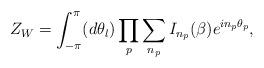
LaTeX: \begin{align*}Z_W = \int_{-\pi}^{\pi} (d\theta_l ) \prod_p \sum_{n_p} I_{n_p}(\beta )e^{in_p {\theta}_p},\end{align*}